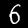
Label: 6